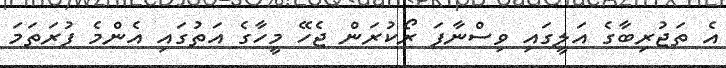
އެ ތަޖުރިބާގެ އަލީގައި ވިސްނާފަ ރޯކުރަން ޖެހޭ މީހާގެ އަތުގައި އެންމެ ފުރަތަމަ